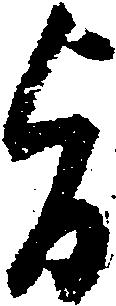
旨